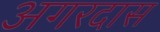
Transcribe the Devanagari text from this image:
अगरदास